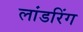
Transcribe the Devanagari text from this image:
लांडरिंग